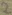
Text: 2